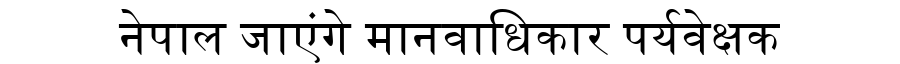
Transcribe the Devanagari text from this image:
नेपाल जाएंगे मानवाधिकार पर्यवेक्षक